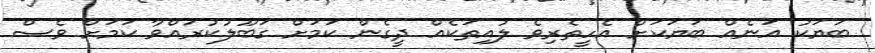
ބަޔަކު އަނެއް ބަޔަކަށް އެހީތެރިވެ ލުއިތަކެއް ދީގެން ކަމަށް ގަބޫލުކުރައްވާ ކަމަށް ވެސް